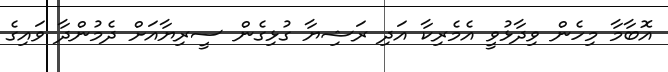
އޮބާމާ މިހެން ވިދާޅުވީ އެމެރިކާ އަދި ރަޝިޔާ ގުޅިގެން ސީރިޔާއަށް ދެމުންދާ ވައިގެ